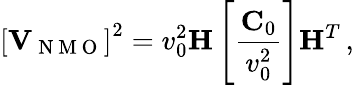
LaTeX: \left[{\mathbf V}_{\mathrm{~N~M~O~}}\right]^{2}=v_{0}^{2}{\mathbf H}\left[\frac{{\mathbf C}_{0}}{v_{0}^{2}}\right]{\mathbf H}^{T}\, ,